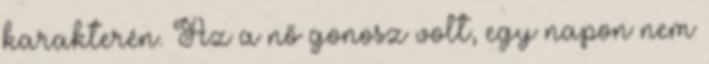
karakterén. Az a nő gonosz volt, egy napon nem